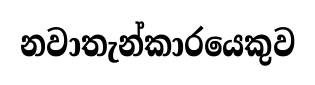
නවාතැන්කාරයෙකුව